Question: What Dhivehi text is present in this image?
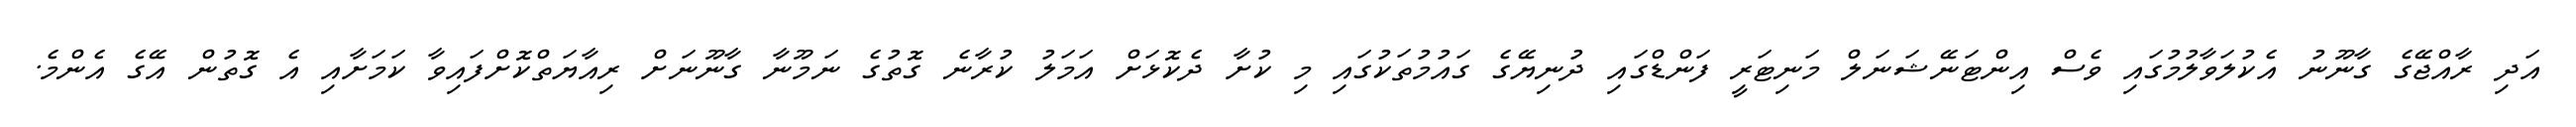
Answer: އަދި ރާއްޖޭގެ ގާނޫނު އެކުލަވާލުމުގައި ވެސް އިންޓަނޭޝަނަލް މަނިޓަރީ ފަންޑްގައި ދުނިޔޭގެ ގައުމުތަކުގައި މި ކުށާ ދެކޮޅަށް އަމަލު ކުރާނެ ގޮތުގެ ނަމޫނާ ގާނޫނަށް ރިއާޔަތްކޮށްފައިވާ ކަމަށާއި އެ ގޮތުން އޭގެ އެންމެ.